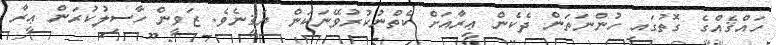
ހައްޤެއްގެ ގޮތުގައި ހުންނަތަން ދެކެން ޢީރާއަށް ކެތްނުކުރުވޭނަކަން ޔަޤީނެވެ. ޒަވީން ހާސިލުކުރަން ޢީރާ